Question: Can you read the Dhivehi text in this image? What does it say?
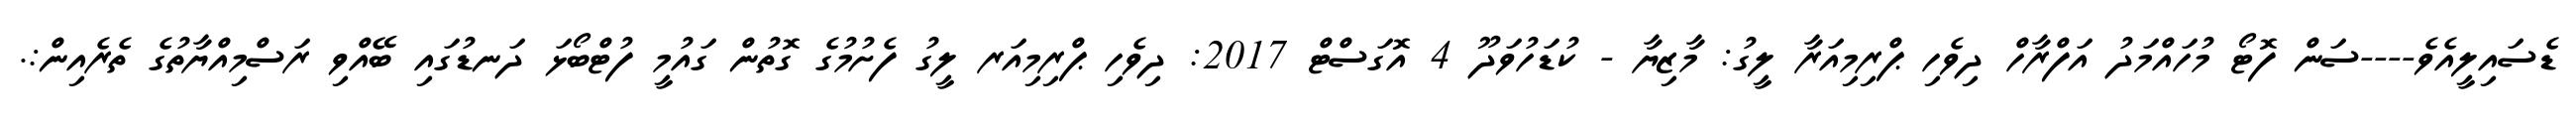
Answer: ޑެސައިލީއެވެ----ސަން ފޮޓޯ މުހައްމަދު އަފްރާހް ދިވެހި ޕްރިމިއަރާ ލީގު: މާޒިޔާ - ކުޑަހުވަދޫ 4 އޮގަސްޓް 2017: ދިވެހި ޕްރިމިއަރ ލީގު ފެށުމުގެ ގޮތުން ގައުމީ ފުޓްބޯޅަ ދަނޑުގައި ބޭއްވި ރަސްމިއްޔާތުގެ ތެރެއިން:.